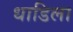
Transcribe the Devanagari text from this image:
धाडिला